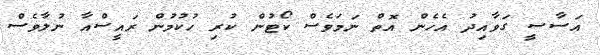
އަސާސީ ގަވާއިދު އެހެން އޮތް ނަމަވެސް ކޯޓުން ކުރި ހުކުމުން ރައީސްއާ ނުލާވެސް